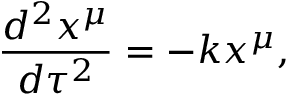
\frac { d ^ { 2 } x ^ { \mu } } { d \tau ^ { 2 } } = - k x ^ { \mu } ,